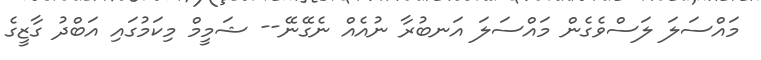
މައްސަލަ ލަސްވެގެން މައްސަލަ އަނބުރާ ނުއެއް ނެގޭނޭ-- ޝަމީމް މިކަމުގައި އަބްދު ގާޒީގެ